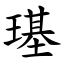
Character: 璂